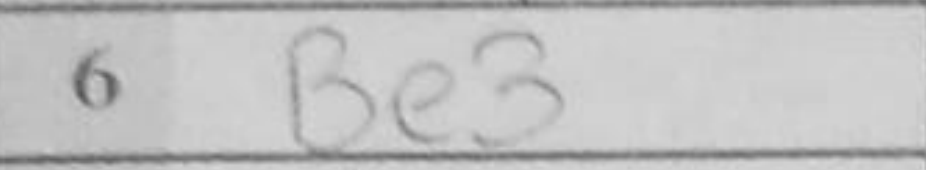
Transcription: Be3